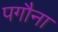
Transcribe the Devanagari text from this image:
पगौना